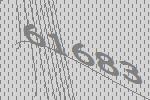
61683